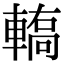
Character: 𨎄